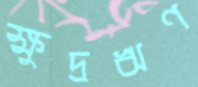
ক্ষুদ্রঋণ